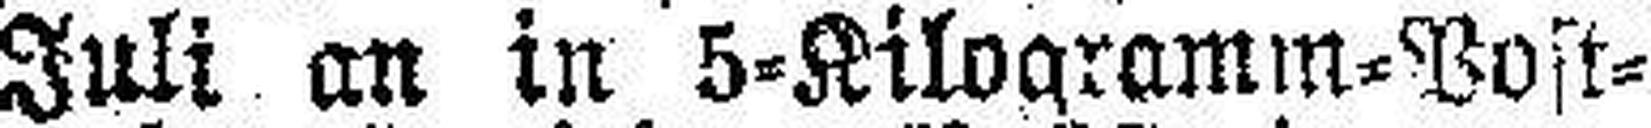
15. Juli an in 5=Kilogramm=Post¬